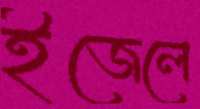
ইজেলে